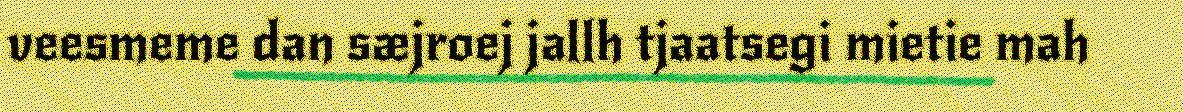
veesmeme dan sæjroej jallh tjaatsegi mietie mah